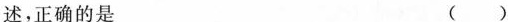
述，正确的是 ( )